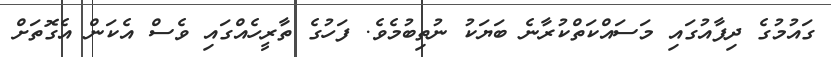
ގައުމުގެ ދިފާއުގައި މަސައްކަތްކުރާނެ ބަޔަކު ނުތިބުމެވެ. ފަހުގެ ތާރީހެއްގައި ވެސް އެކަން އެގޮތަށް